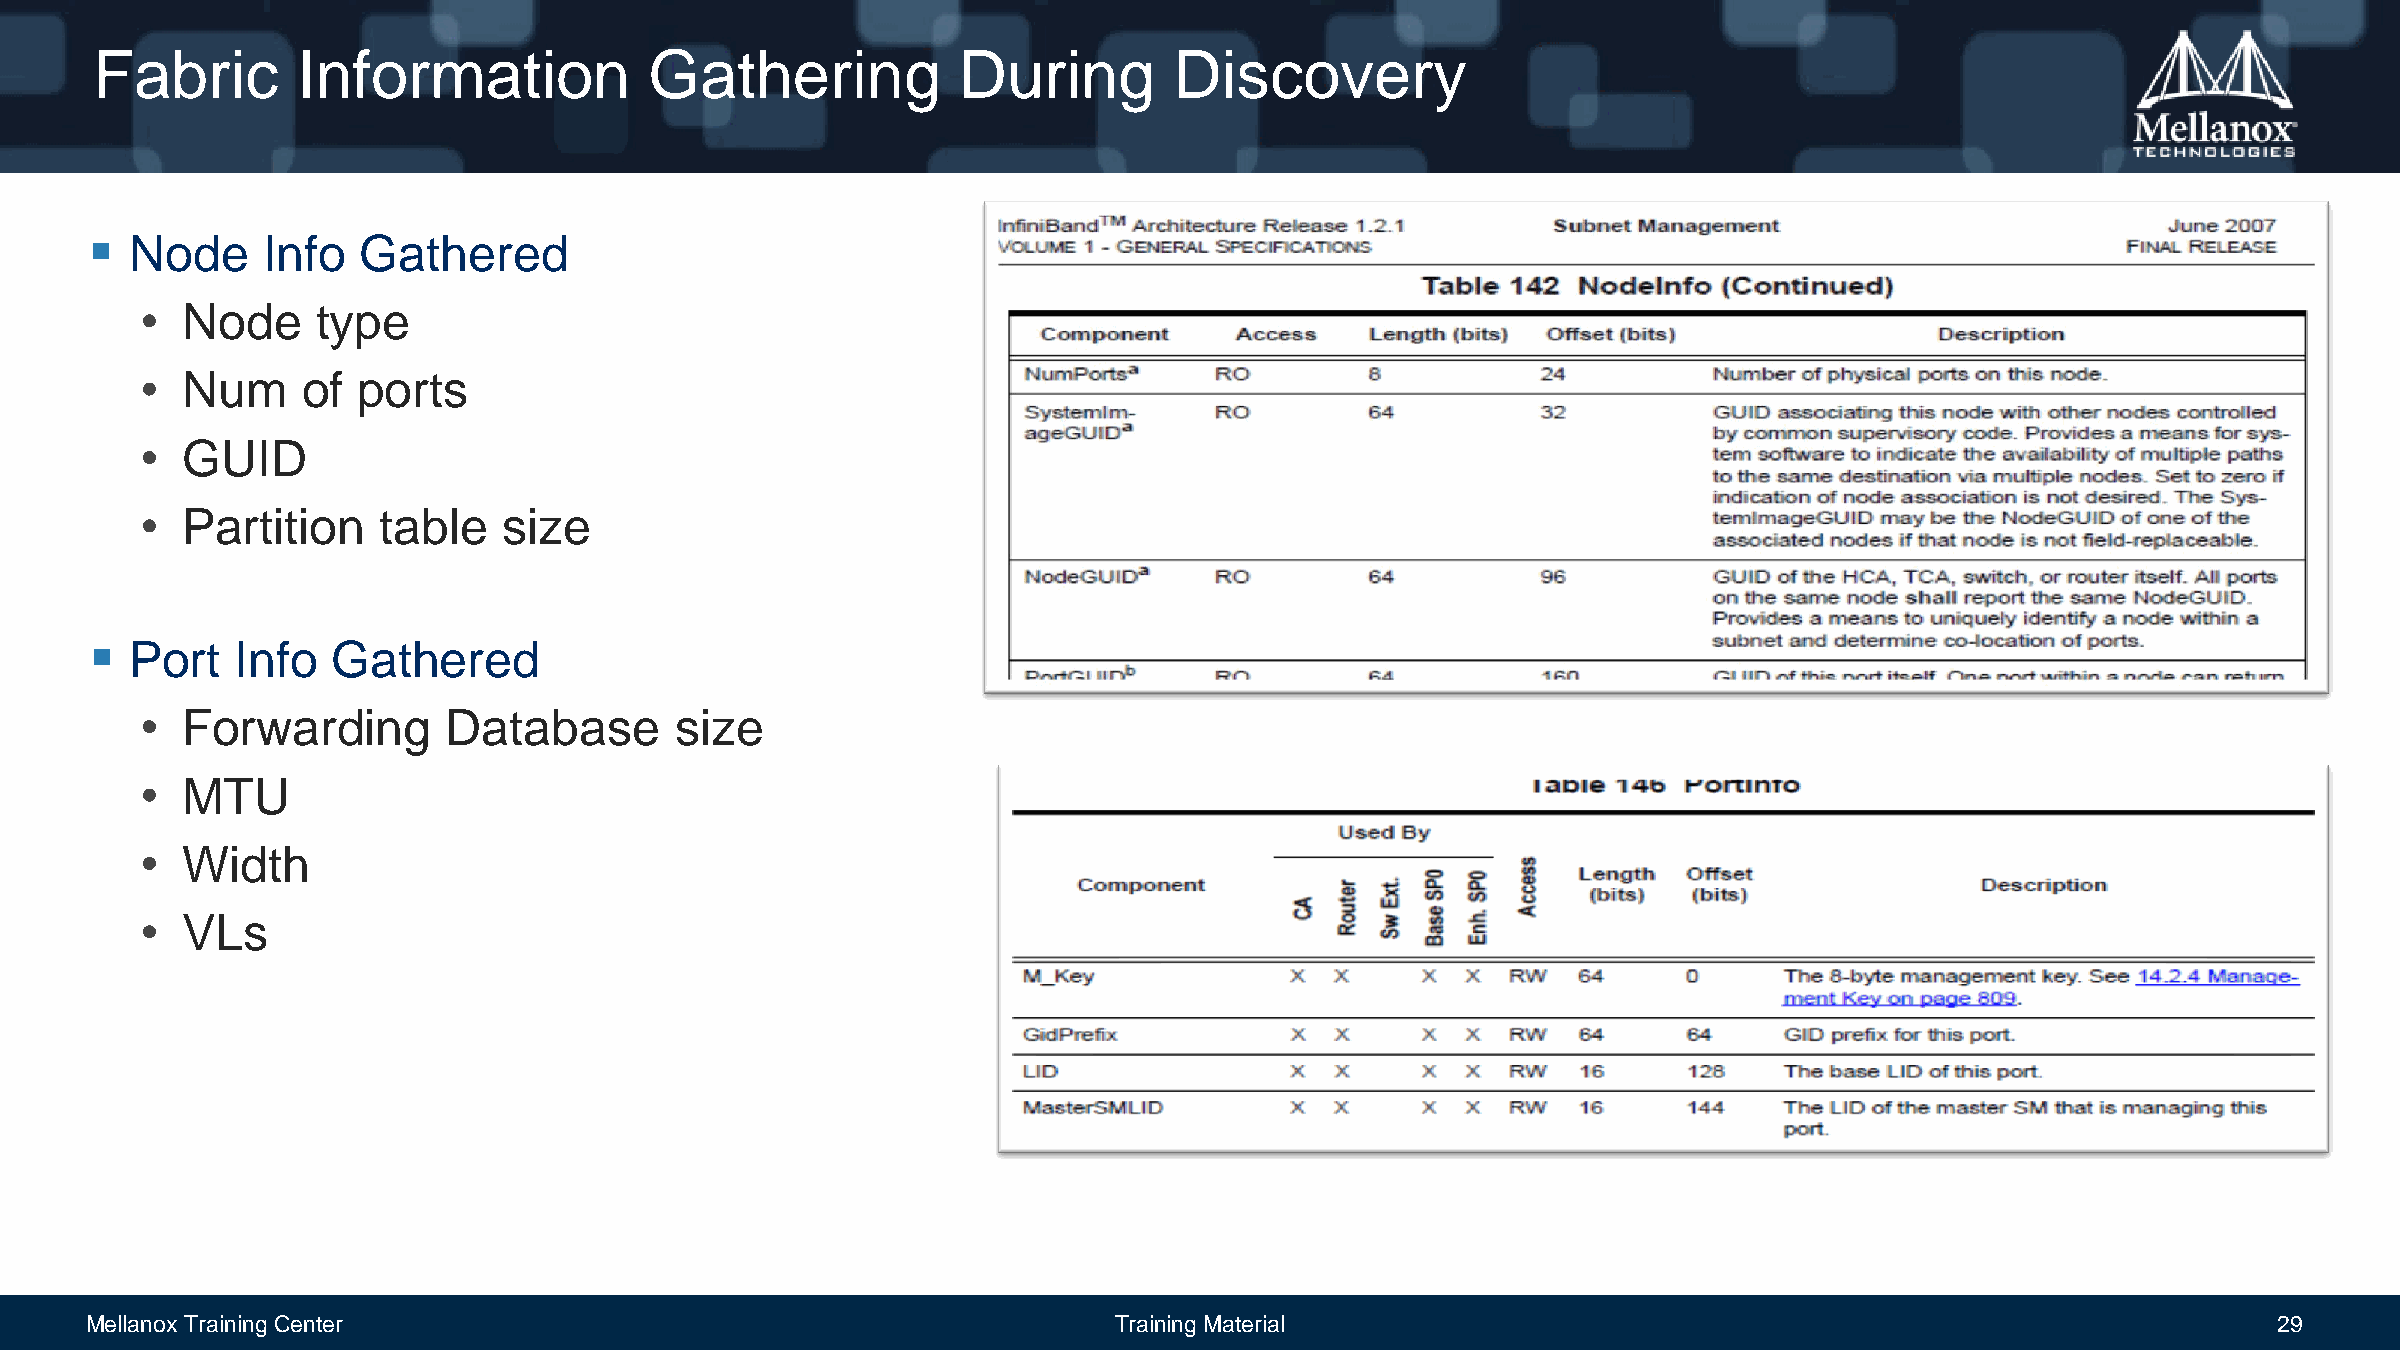
Fabric        Information            Gathering           During         Discovery
   Node    Info   Gathered
 •  Node     type
 •  Num     of  ports
 •  GUID
 •  Partition    table   size
   Port   Info  Gathered
 •  Forwarding        Database       size
 •  MTU
 •  Width
 •  VLs
 Mellanox Training Center                                            Training Material                                                            29